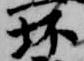
坏